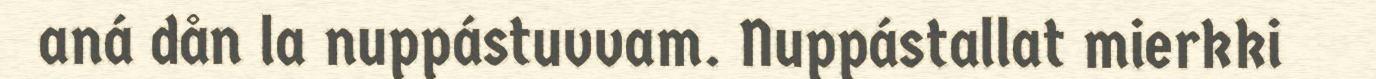
aná dån la nuppástuvvam. Nuppástallat mierkki